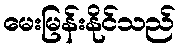
မေးမြန်းနိုင်သည်